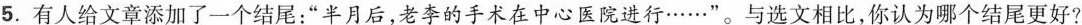
5.有人给文章添加了一个结尾：”半月后，老李的手术在中心医院进行……”。与选文相比，你认为哪个结尾更好?